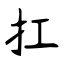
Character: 扛